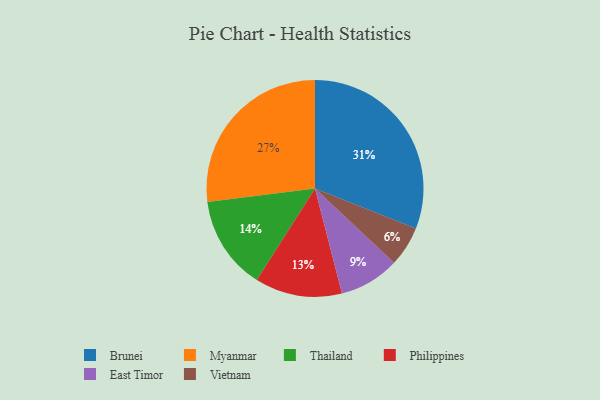
{"axis": {"x": "Category", "y": "Percentage"}, "legend": ["Brunei", "East Timor", "Myanmar", "Philippines", "Thailand", "Vietnam"], "data": [{"x": "Brunei", "y": 31, "type": "Brunei"}, {"x": "Philippines", "y": 13, "type": "Philippines"}, {"x": "East Timor", "y": 9, "type": "East Timor"}, {"x": "Vietnam", "y": 6, "type": "Vietnam"}, {"x": "Myanmar", "y": 27, "type": "Myanmar"}, {"x": "Thailand", "y": 14, "type": "Thailand"}]}